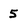
Character: 5